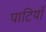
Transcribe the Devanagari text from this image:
पाटियाँ